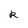
Character: R